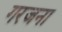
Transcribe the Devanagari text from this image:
गरजना